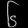
Digit: ၆